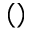
( )